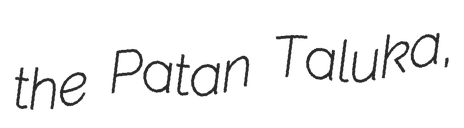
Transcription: the Patan Taluka,